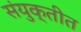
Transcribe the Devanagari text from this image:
संयुक्तीत